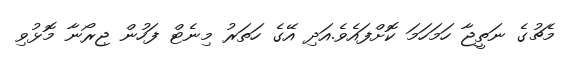
މެޗުގެ ނަތީޖާ ހަމަހަމަ ކޮށްފައެވެ.އަދި އޭގެ ހަތަރު މިނެޓް ފަހުން ޖިރޯނާ މޮޅުވި